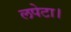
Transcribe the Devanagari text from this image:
लपेटा।